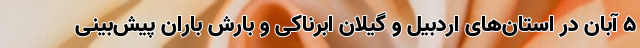
۵ آبان در استان‌های اردبیل و گیلان ابرناکی و بارش باران پیش‌بینی